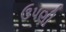
ઉપણી